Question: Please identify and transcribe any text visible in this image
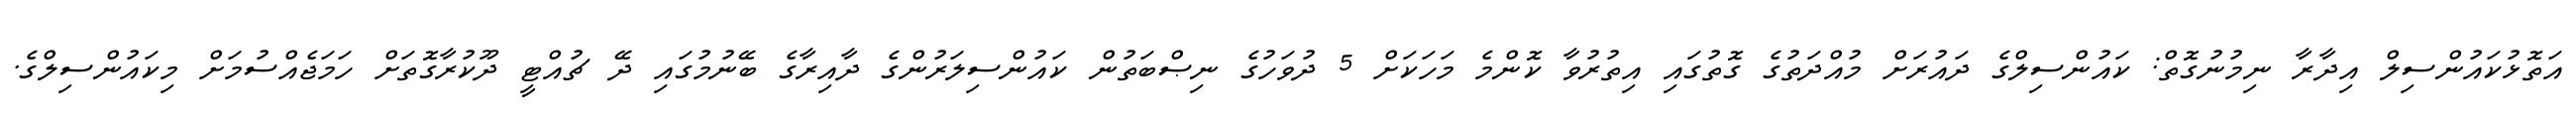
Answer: އަތޮޅުކައުންސިލް އިދާރާ ނިމުނުގޮތް: ކައުންސިލްގެ ދައުރަށް މުއްދަތުގެ ގޮތުގައި އިތުރުވާ ކޮންމެ މަހަކަށް 5 ދުވަހުގެ ނިޞްބަތުން ކައުންސިލަރުންގެ ދާއިރާގެ ބޭނުމުގައި ދޭ ޗުއްޓީ ދޫކުރާގޮތަށް ހަމަޖެއްސުމަށް މިކައުންސިލްގެ.